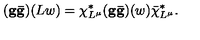
( { \bf g \bar { g } } ) ( L w ) = \chi _ { L ^ { \mu } } ^ { * } ( { \bf g \bar { g } } ) ( w ) \bar { \chi } _ { L ^ { \mu } } ^ { * } .